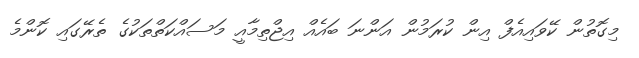
މިގޮތުން ކޭވައިއެފް އިން ކުރަމުން އަންނަ ބައެއް އިޖްތިމާއީ މަސައްކަތްތަކުގެ ތެރޭގައި ކޮންމެ